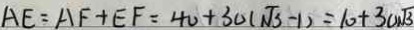
A E = A F + E F = 4 0 + 3 0 ( \sqrt { 3 } - 1 ) = 1 0 + 3 0 \sqrt { 3 }